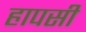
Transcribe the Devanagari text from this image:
हापसी